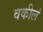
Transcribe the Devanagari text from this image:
वकीलं